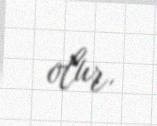
olur.